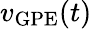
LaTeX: v_{\mathrm{GPE}}(t)